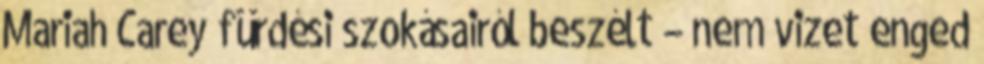
Mariah Carey fürdési szokásairól beszélt – nem vizet enged